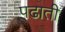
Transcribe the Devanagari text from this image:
पढाती